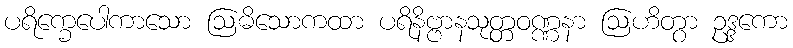
ပရိက္ခေပေါကာသော ဩဓိသောကထာ ပရိနိဗ္ဗာနသုတ္တဝဏ္ဏနာ ဩဟိတွာ ဥဒ္ဒကော